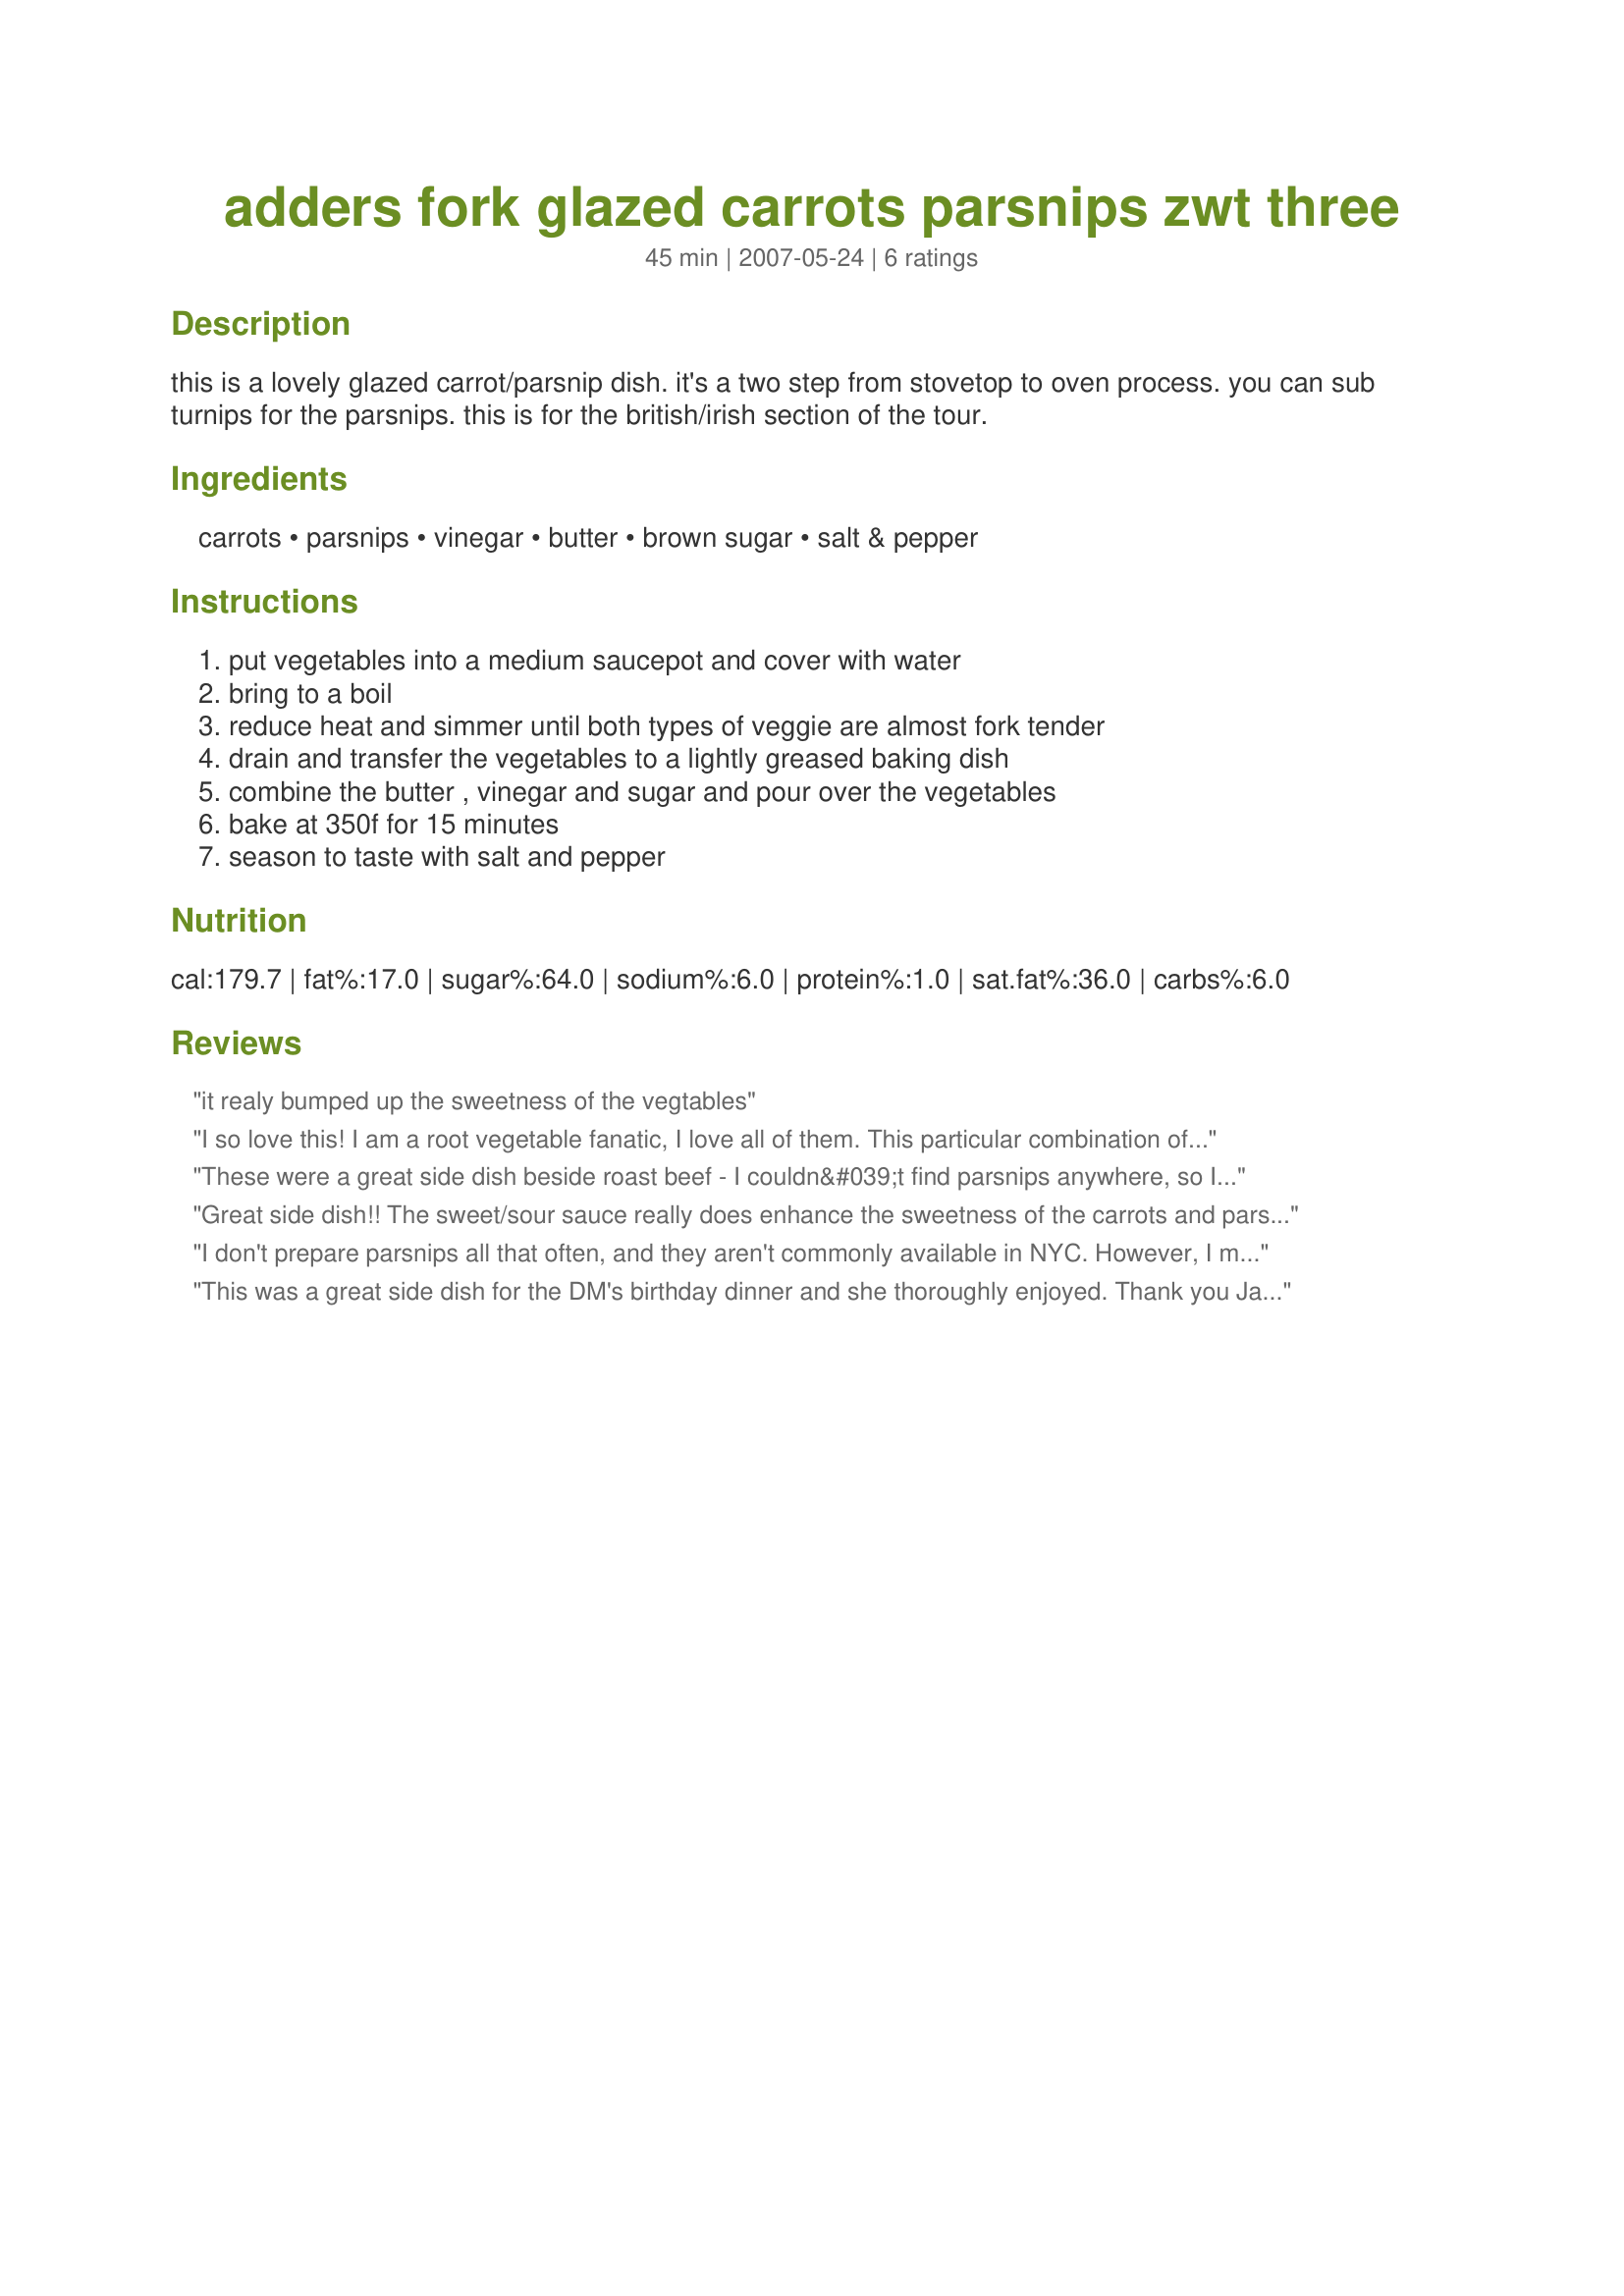
adders fork glazed carrots parsnips zwt three
Preparation time: 45 minutes

this is a lovely glazed carrot/parsnip dish. it's a two step from stovetop to oven process. you can sub turnips for the parsnips. this is for the british/irish section of the tour.

Ingredients:
carrots, parsnips, vinegar, butter, brown sugar, salt & pepper

Steps:
put vegetables into a medium saucepot and cover with water, bring to a boil, reduce heat and simmer until both types of veggie are almost fork tender, drain and transfer the vegetables to a lightly greased baking dish, combine the butter , vinegar and sugar and pour over the vegetables, bake at 350f for 15 minutes, season to taste with salt and pepper

Reviews:
it realy bumped up the sweetness of the vegtables
I so love this! I am a root vegetable fanatic, I love all of them. This particular combination of carrots and parsnips, with the glaze that the brown sugar ,butter, and vinegar make, are absolutely awesome!I will make this again, very soon! I even have a mind to expand on your already awesome recipe, and add a few rutabagas,
(ooh, maybe some fresh beets too!) just because I love them so, and the glaze you have here will be so perfect on them too! Thanks for sharing!
These were a great side dish beside roast beef - I couldn&#039;t find parsnips anywhere, so I ended up just using carrots.
Great side dish!! The sweet/sour sauce really does enhance the sweetness of the carrots and parsnips. My aunt said she'd forgotten how good parsnips are so she was particularly happy with this! Thanks Janet!!
I don't prepare parsnips all that often, and they aren't commonly available in NYC. However, I managed to find some and was quite pleased with how this recipe turned out. Boiling the vegetables first reduced the roasting time. I added all the butter and brown sugar it called for, and it made a great sauce that enhanced the veggies. Thanks Janet.
This was a great side dish for the DM's birthday dinner and she thoroughly enjoyed. Thank you JanetC-KY, made for Healthy Choices - ABC.
